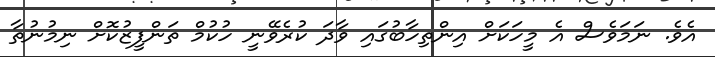
އެވެ. ނަމަވެސް އެ މީހަކަށް އިންތިހާބުގައި ވާދަ ކުރެވޭނީ ހުކުމް ތަންފީޒުކޮށް ނިމުނުތާ